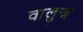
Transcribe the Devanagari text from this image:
वालुज